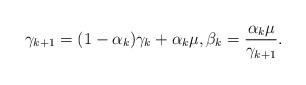
LaTeX: \begin{align*} \gamma_{k+1} = (1-\alpha_k) \gamma_k + \alpha_k \mu, \beta_k = \frac{\alpha_k\mu}{\gamma_{k+1}} .\end{align*}